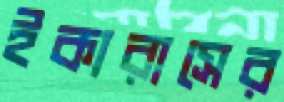
ইকারাসের